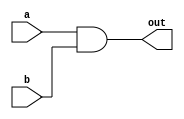
`timescale 1ns / 1ps

module AndX16(
    input [15:0] a,
    input [15:0] b,
    output [15:0] out
    );
    
    assign out = a & b;

endmodule